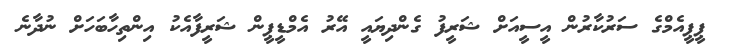
ޕީޕީއެމްގެ ސަރުކާރުން އީސީއަށް ޝަރީީފު ގެންދިޔައީ އޭރު އެމްޑީޕީން ޝަރީފާއެކު އިންތިހާބަހަށް ނުދާނެ